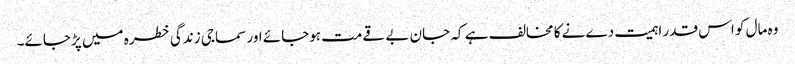
وہ مال کو اس قدر اہمیت دےنے کا مخالف ہے کہ جان بے قےمت ہوجائے اور سماجی زندگی خطرہ میں پڑجائے۔